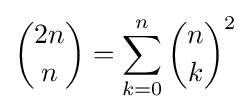
{2n \choose n}=\sum _{k=0}^{n}{\binom {n}{k}}^{2}